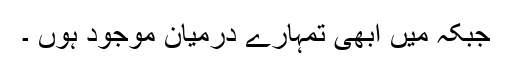
جبکہ میں ابھی تمہارے درمیان موجود ہوں ۔